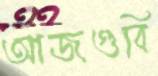
আজগুবি